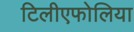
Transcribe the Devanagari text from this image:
टिलीएफोलिया